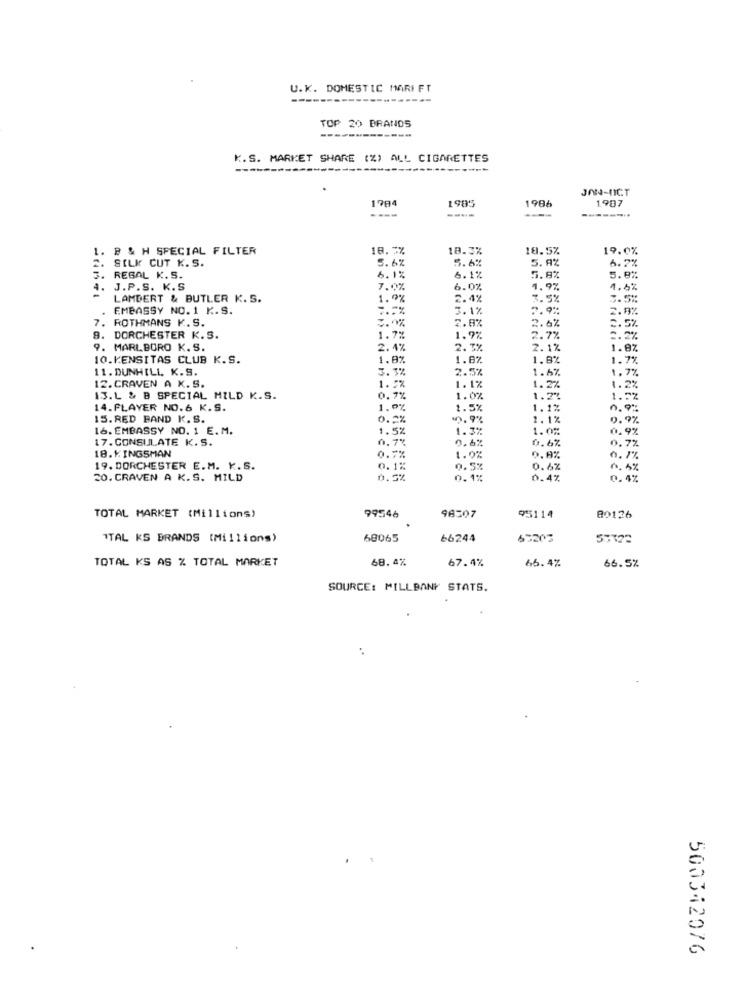
U.K. DOMESTIC MARI FT
---
TOP 20 BRANDS
K.S. MARKET SHARE (%) ALL CIGARETTES
JAN4-OCT
178
1985
1986
1.907
----
----
1.
B & H SPECIAL FILTER
18.7%
18.3%
18.5%
19.0%
SILK CUT K. S.
5.6%
5.6%
5. 9%
6.7%
3. REGAL K.S.
6.1%
6.1%
5.8%
5.8%
4. J.P.S. K.S
7.0%
6.0%
1.9%
4.6%
LAMBERT & BUTLER K. S.
1.9%
2.4%
3.5%
3.5%
EMBASSY NO. 1 K.S.
7.7%
3.1%
7.9%
2.9%
7. ROTHMANS K. S.
3.0%
2.0%
2.6%
2.5%
9. DORCHESTER K.S.
1.7%
1.9%
2.7%
2.2%
9. MARLBORO K.S.
2.4%
2.3%
2.1%
1.8%
10.KENSITAS CLUB K.S.
1.8%
1.8%
1.8%
1.7%
11. DUNHILL K.S.
3.5%
2.5%
1.6%
1.7%
12.CRAVEN A K.S.
1. 2%
1.1%
1.2%
1.2%
I3.L & B SPECIAL MILD K.S.
0.7%
1.0%
1.2.
1.5%
14. FLAYER NO.6 K.S.
1.0%
1.5%
1.1%
0.9%
15. RED BAND K. S.
0.2%
3. 9%
2.1%
0.9%
16. EMBASSY NO. 1 E. M.
1.5%
1.3%
1.0%
0.9%
17. CONSULATE K. S.
0.7%
0.6%
0.7%
18. KINGSMAN
0.6%
0.7%
1.0%
0.9%
0.7%
19. DORCHESTER E.M. K.S.
0.1%
0.5%
0.6%
10.3%
20. CRAVEN A K. S. MILD
0.5%
0.1%
0.4%
0.4%
96507
TOTAL MARKET (Millions)
99546
95114
80126
ITAL KS BRANDS (Millions)
68065
66244
53203
57322
TOTAL KS AS % TOTAL MARKET
68.4%
67.4%
66.4%
66.5%
SOURCE: MILLBANY STATS.
500342076